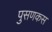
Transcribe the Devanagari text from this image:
पुसणकस